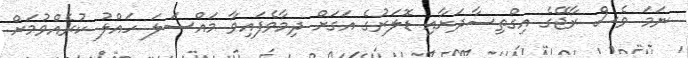
ނަމަ ވެސް ރާޖޭގެ އިގްތިސާދަށާއި ޑޮލަރުގެ އަގަށް ދިމާވެފައިވާ މައްސަލަ ހައްލު ކުރެއްވުމަށް